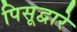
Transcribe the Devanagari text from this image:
पिसूद्वारे